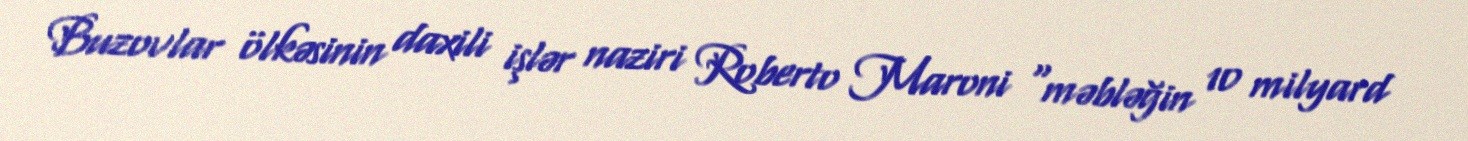
Buzovlar ölkəsinin daxili işlər naziri Roberto Maroni "məbləğin 10 milyard